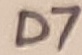
Text: D7